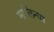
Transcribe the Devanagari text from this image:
मालिन्या